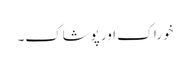
خوراک اور پوشاک۔